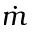
\dot { m }